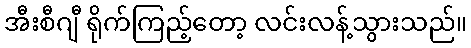
အီးစီဂျီ ရိုက်ကြည့်တော့ လင်းလန့်သွားသည်။